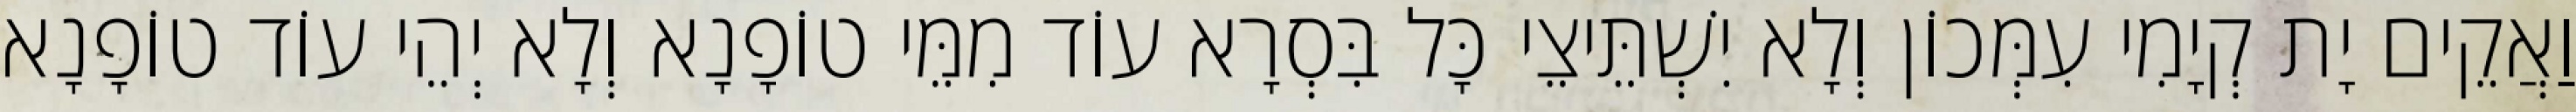
וַאֲקֵים יָת קְיָמִי עִמְּכוֹן וְלָא יִשְׁתֵּיצֵי כָּל בִּסְרָא עוֹד מִמֵּי טוֹפָנָא וְלָא יְהֵי עוֹד טוֹפָנָא